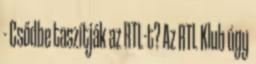
- Csődbe taszítják az RTL-t? Az RTL Klub úgy